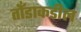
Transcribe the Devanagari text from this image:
तोँडाकडील